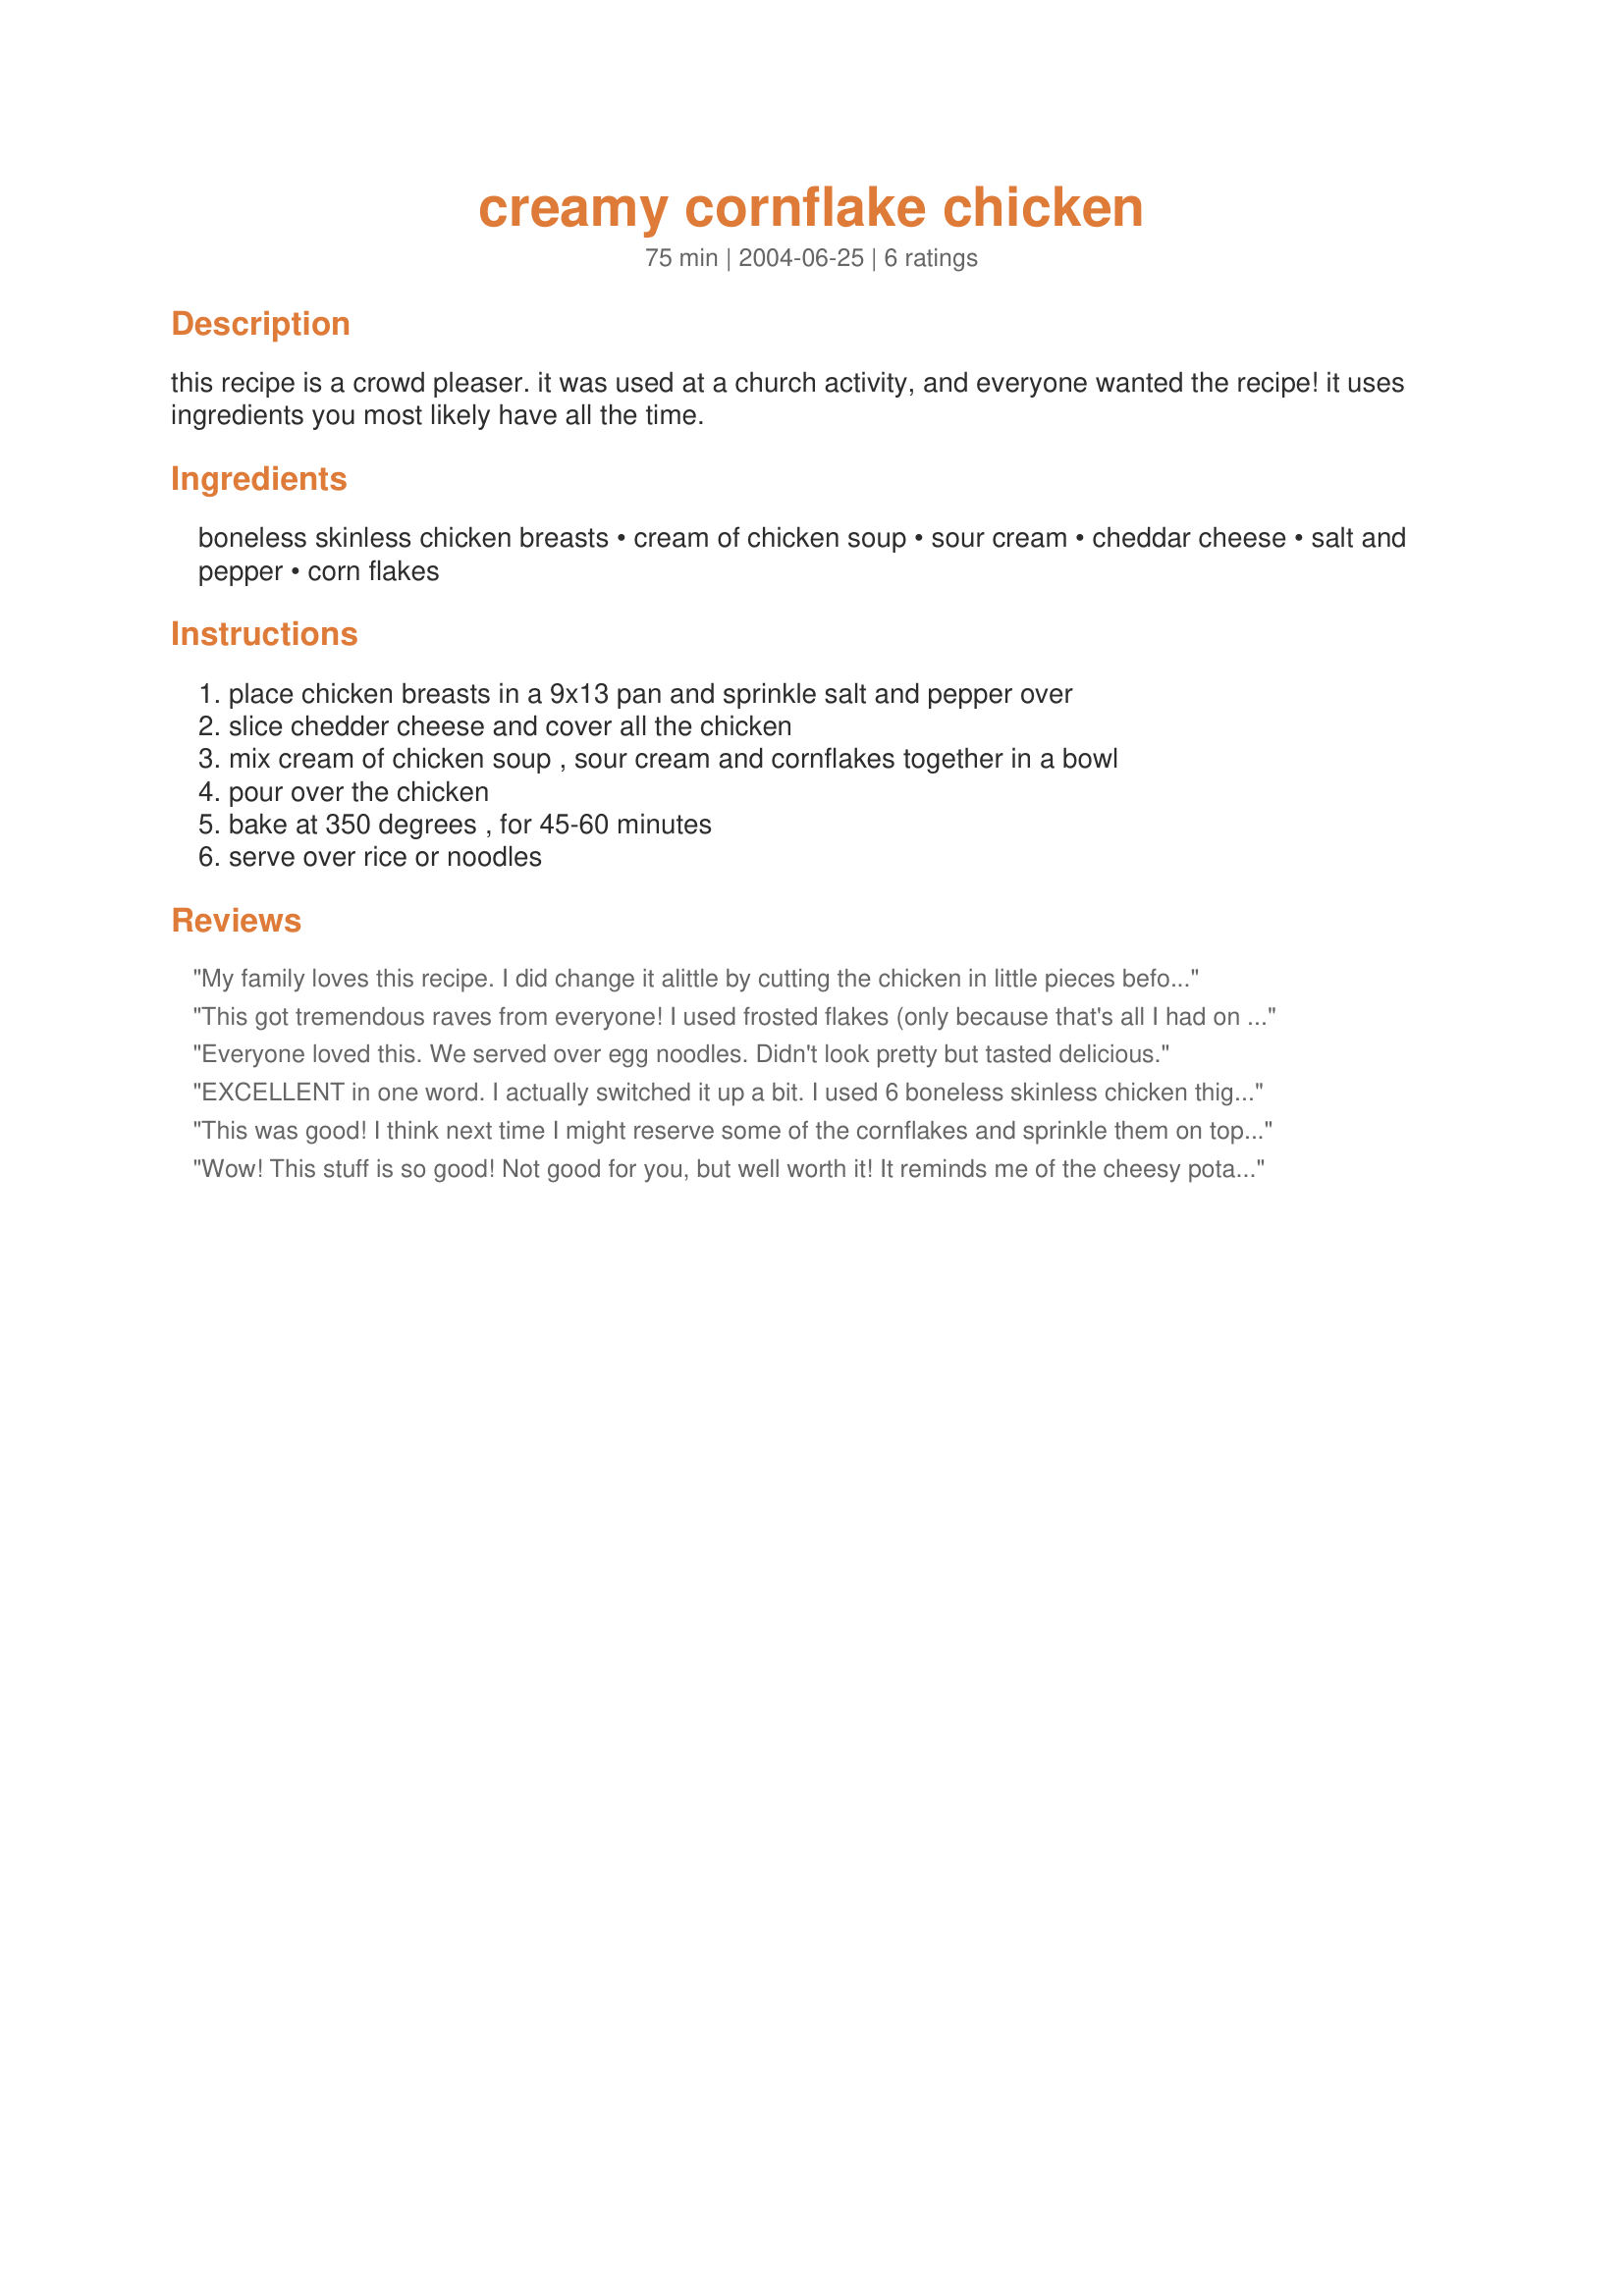
creamy cornflake chicken
Preparation time: 75 minutes

this recipe is a crowd pleaser. it was used at a church activity, and everyone wanted the recipe! it uses ingredients you most likely have all the time.

Ingredients:
boneless skinless chicken breasts, cream of chicken soup, sour cream, cheddar cheese, salt and pepper, corn flakes

Steps:
place chicken breasts in a 9x13 pan and sprinkle salt and pepper over, slice chedder cheese and cover all the chicken, mix cream of chicken soup , sour cream and cornflakes together in a bowl, pour over the chicken, bake at 350 degrees , for 45-60 minutes, serve over rice or noodles

Reviews:
My family loves this recipe. I did change it alittle by cutting the chicken in little pieces before cooking. I also mashed the cornflakes really good before adding to the soup and sour cream. I left enough mashed cornflakes to sprinkle "heavy" on the top to add crunch and appearance. This is a very easy delicious recipe which I plan to use again and again.
This got tremendous raves from everyone! I used frosted flakes (only because that's all I had on hand) and the sweetness of the cereal combined with the other ingredients really made this interesting! Definately a keeper! Thank you for posting it! :)
Everyone loved this. We served over egg noodles. Didn't look pretty but tasted delicious.
EXCELLENT in one word. I actually switched it up a bit. I used 6 boneless skinless chicken thighs (they are very inexpensive and are always tender when baked), topped them with about 1 cup of sliced fresh mushrooms, then substituted fat free cream of mushroom for the cream of chicken. Oh my goodness was it wonderful. Served it over brown rice once it rested about 5 minutes out of the oven. I also only had to cook it for 35 minutes since I had less chicken than this recipe.
This was good! I think next time I might reserve some of the cornflakes and sprinkle them on top instead of mixing them all in with the soup and sour cream.
Wow! This stuff is so good! Not good for you, but well worth it! It reminds me of the cheesy potatoes that you often find at potlucks. Cheesy and so easy! Thanks for sharing this delicious recipe! We'll be making this comfort food again, that's for sure!
